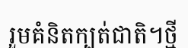
រួមគំនិតក្បត់ជាតិ។ថ្មី